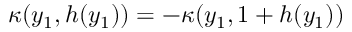
\kappa ( y _ { 1 } , h ( y _ { 1 } ) ) = - \kappa ( y _ { 1 } , 1 + h ( y _ { 1 } ) )